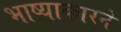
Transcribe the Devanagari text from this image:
भाष्याकारने